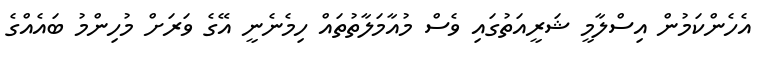
އެހެންކަމުން އިސްލާމީ ޝަރީއަތުގައި ވެސް މުއާމަލާތުތައް ހިމެނެނީ އޭގެ ވަރަށް މުހިންމު ބައެއްގެ